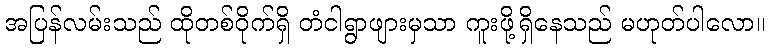
အပြန်လမ်းသည် ထိုတစ်ဝိုက်ရှိ တံငါရွာဖျားမှသာ ကူးဖို့ရှိနေသည် မဟုတ်ပါလော။